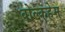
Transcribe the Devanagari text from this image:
वोल्कहेम